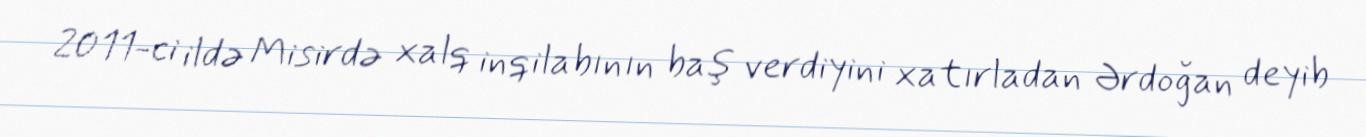
2011-ci ildə Misirdə xalq inqilabının baş verdiyini xatırladan Ərdoğan deyib